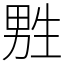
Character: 㽒